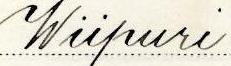
Wiipuri